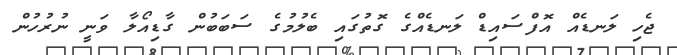
ޖެހި ލަނޑެއް އޮފްސައިޑް ލަނޑެއްގެ ގޮތުގައި ބެލުމުގެ ސަބަބުން ގާޑިއޯލާ ވަނީ ނުރުހުން